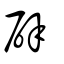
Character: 辟